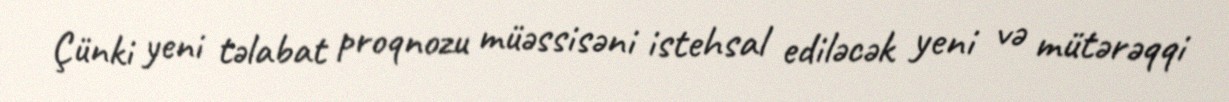
Çünki yeni təlabat proqnozu müəssisəni istehsal ediləcək yeni və mütərəqqi